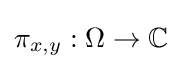
\pi _{x,y}:\Omega \to \mathbb {C}